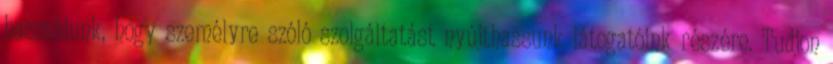
használunk, hogy személyre szóló szolgáltatást nyújthassunk látogatóink részére. Tudjon